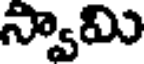
స్వామి